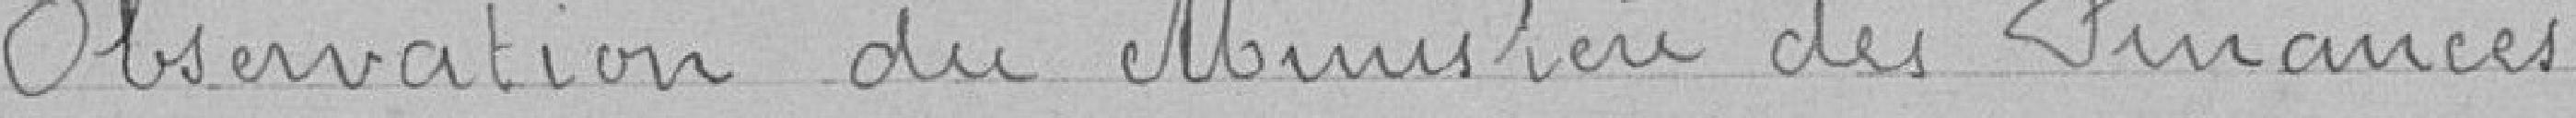
Observation du Ministère des Finances